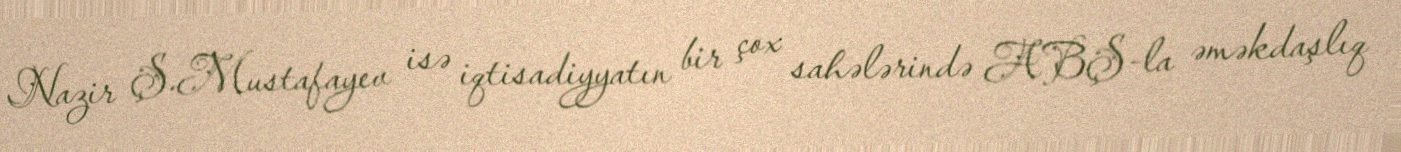
Nazir Ş.Mustafayev isə iqtisadiyyatın bir çox sahələrində ABŞ-la əməkdaşlıq